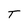
Character: T